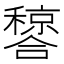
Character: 𬔂